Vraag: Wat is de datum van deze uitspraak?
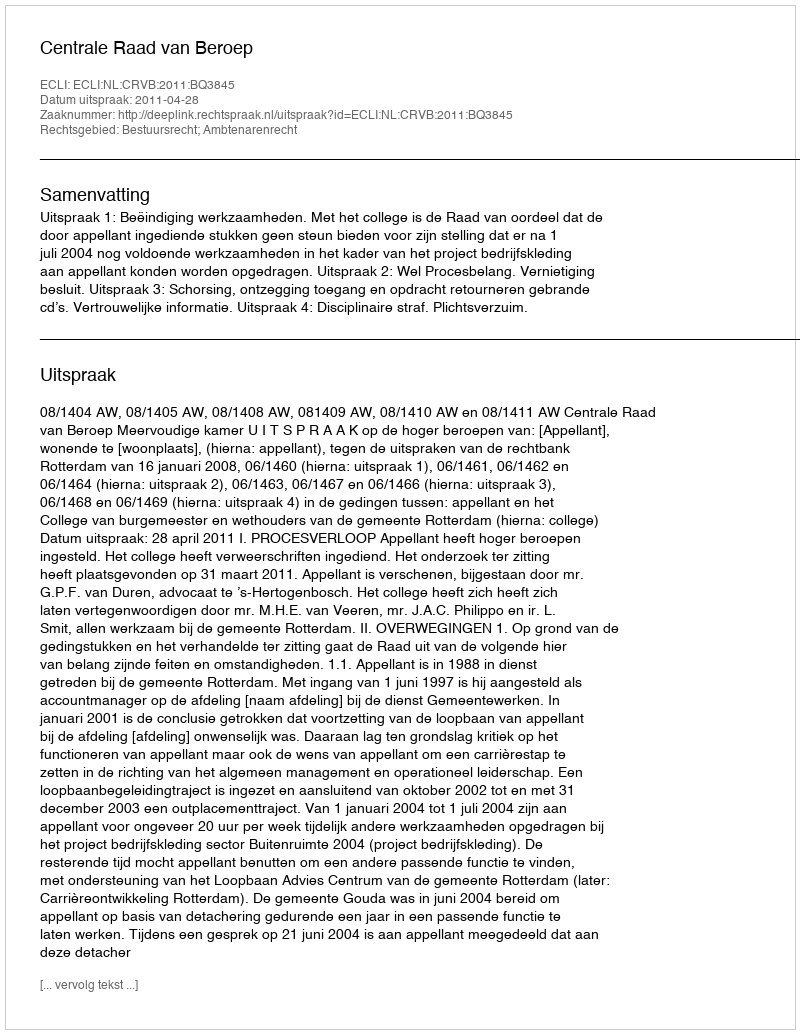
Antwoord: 2011-04-28